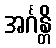
အင်္ဂန္တိ